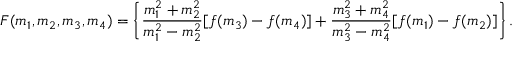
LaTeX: F ( m _ { 1 } , m _ { 2 } , m _ { 3 } , m _ { 4 } ) = \left\{ \frac { m _ { 1 } ^ { 2 } + m _ { 2 } ^ { 2 } } { m _ { 1 } ^ { 2 } - m _ { 2 } ^ { 2 } } [ f ( m _ { 3 } ) - f ( m _ { 4 } ) ] + \frac { m _ { 3 } ^ { 2 } + m _ { 4 } ^ { 2 } } { m _ { 3 } ^ { 2 } - m _ { 4 } ^ { 2 } } [ f ( m _ { 1 } ) - f ( m _ { 2 } ) ] \right\} .